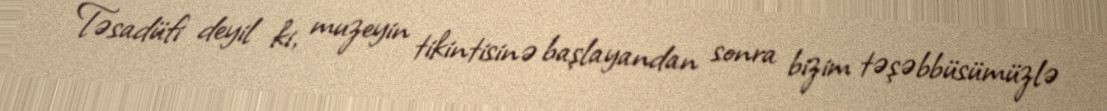
Təsadüfi deyil ki, muzeyin tikintisinə başlayandan sonra bizim təşəbbüsümüzlə